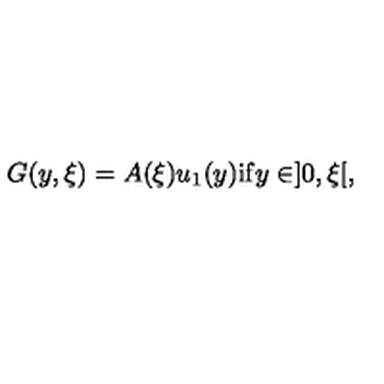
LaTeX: G ( y , \xi ) = A ( \xi ) u _ { 1 } ( y ) \mathrm { i f } y \in ] 0 , \xi [ ,